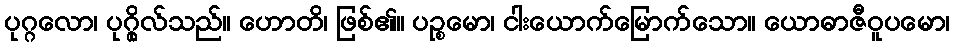
ပုဂ္ဂလော၊ ပုဂ္ဂိုလ်သည်။ ဟောတိ၊ ဖြစ်၏။ ပဉ္စမော၊ ငါးယောက်မြောက်သော။ ယောဓာဇီဝူပမော၊